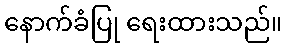
နောက်ခံပြု ရေးထားသည်။